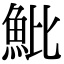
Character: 魮